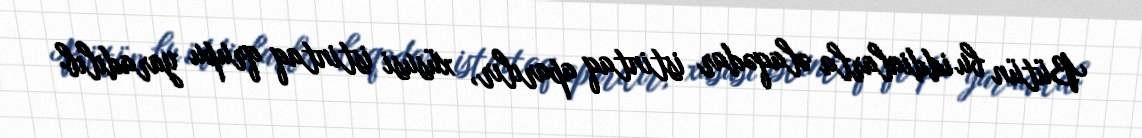
Bütün bu iddialarla əlaqədar istintaq aparılır, xüsusi istintaq qrupu yaradılıb